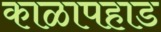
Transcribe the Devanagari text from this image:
काळापहाड